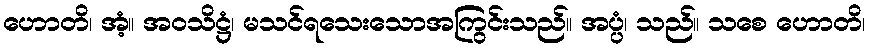
ဟောတိ၊ အံ့။ အဝသိဋ္ဌံ၊ မသင်ရသေးသောအကြွင်းသည်။ အပ္ပံ၊ သည်။ သစေ ဟောတိ၊